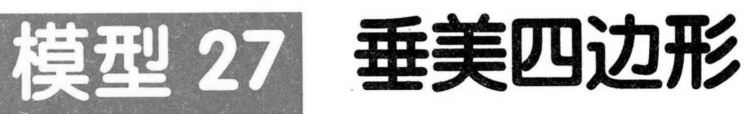
模型 27 垂美四边形